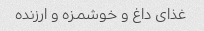
غذای داغ و خوشمزه و ارزنده